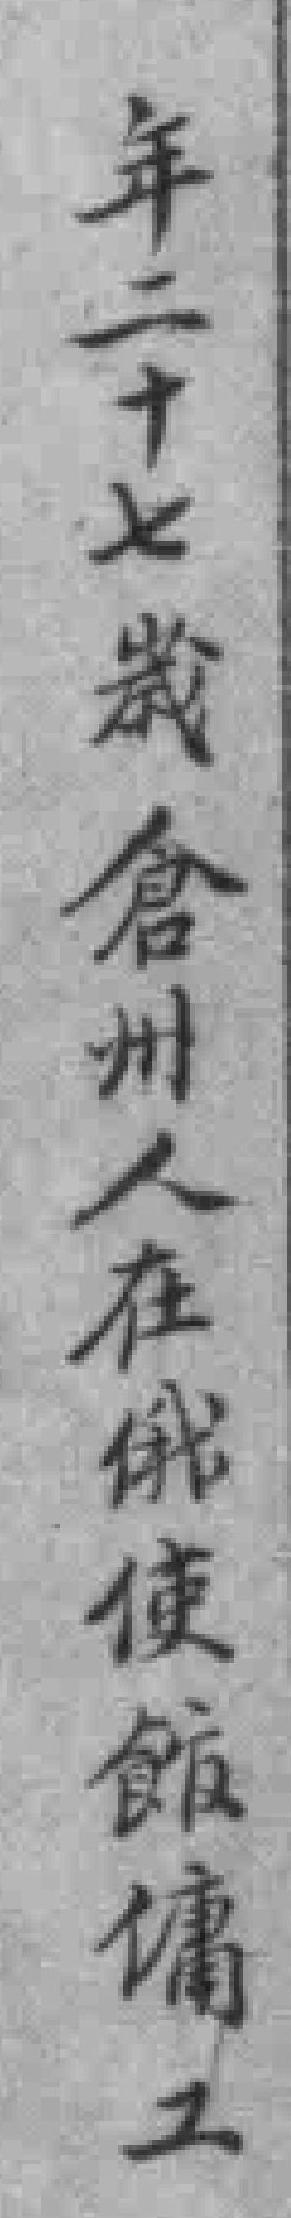
年二十七歲倉州人在俄使館傭工